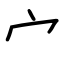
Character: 宀